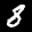
Label: 8